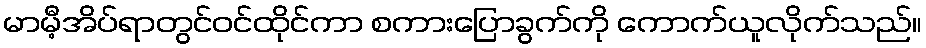
မာမီ့အိပ်ရာတွင်ဝင်ထိုင်ကာ စကားပြောခွက်ကို ကောက်ယူလိုက်သည်။